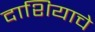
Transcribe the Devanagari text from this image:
दाशियाचे